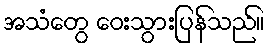
အသံတွေ ဝေးသွားပြန်သည်။